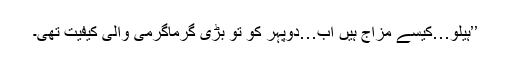
’’ہیلو…کیسے مزاج ہیں اب…دوپہر کو تو بڑی گرماگرمی والی کیفیت تھی۔